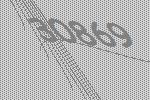
30869